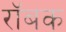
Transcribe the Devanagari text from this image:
रॉबक